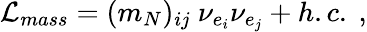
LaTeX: {\cal L}_{mass}=(m_{N})_{ij}~{\nu}_{e_{i}}{\nu}_{e_{j}}+h.c.~,